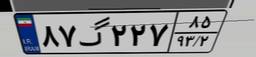
۸۷گ۲۲۷۸۵